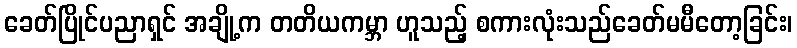
ခေတ်ပြိုင်ပညာရှင် အချို့က တတိယကမ္ဘာ ဟူသည့် စကားလုံးသည်ခေတ်မမီတော့ခြင်း၊